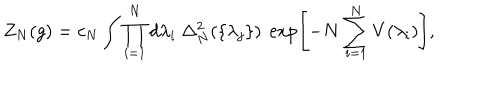
Z _ { N } ( g ) = c _ { N } \int \prod _ { i = 1 } ^ { N } d \lambda _ { i } \ \Delta _ { N } ^ { 2 } ( \{ \lambda _ { j } \} ) \ \exp \left[ - N \sum _ { i = 1 } ^ { N } V ( \lambda _ { i } ) \right] ,